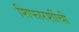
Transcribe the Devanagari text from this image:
शिफारशींची